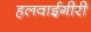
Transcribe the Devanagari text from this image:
हलवाईगीरी